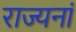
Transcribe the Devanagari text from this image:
राज्यनां